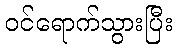
ဝင်ရောက်သွားပြီး